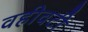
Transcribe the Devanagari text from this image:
वहीवटी